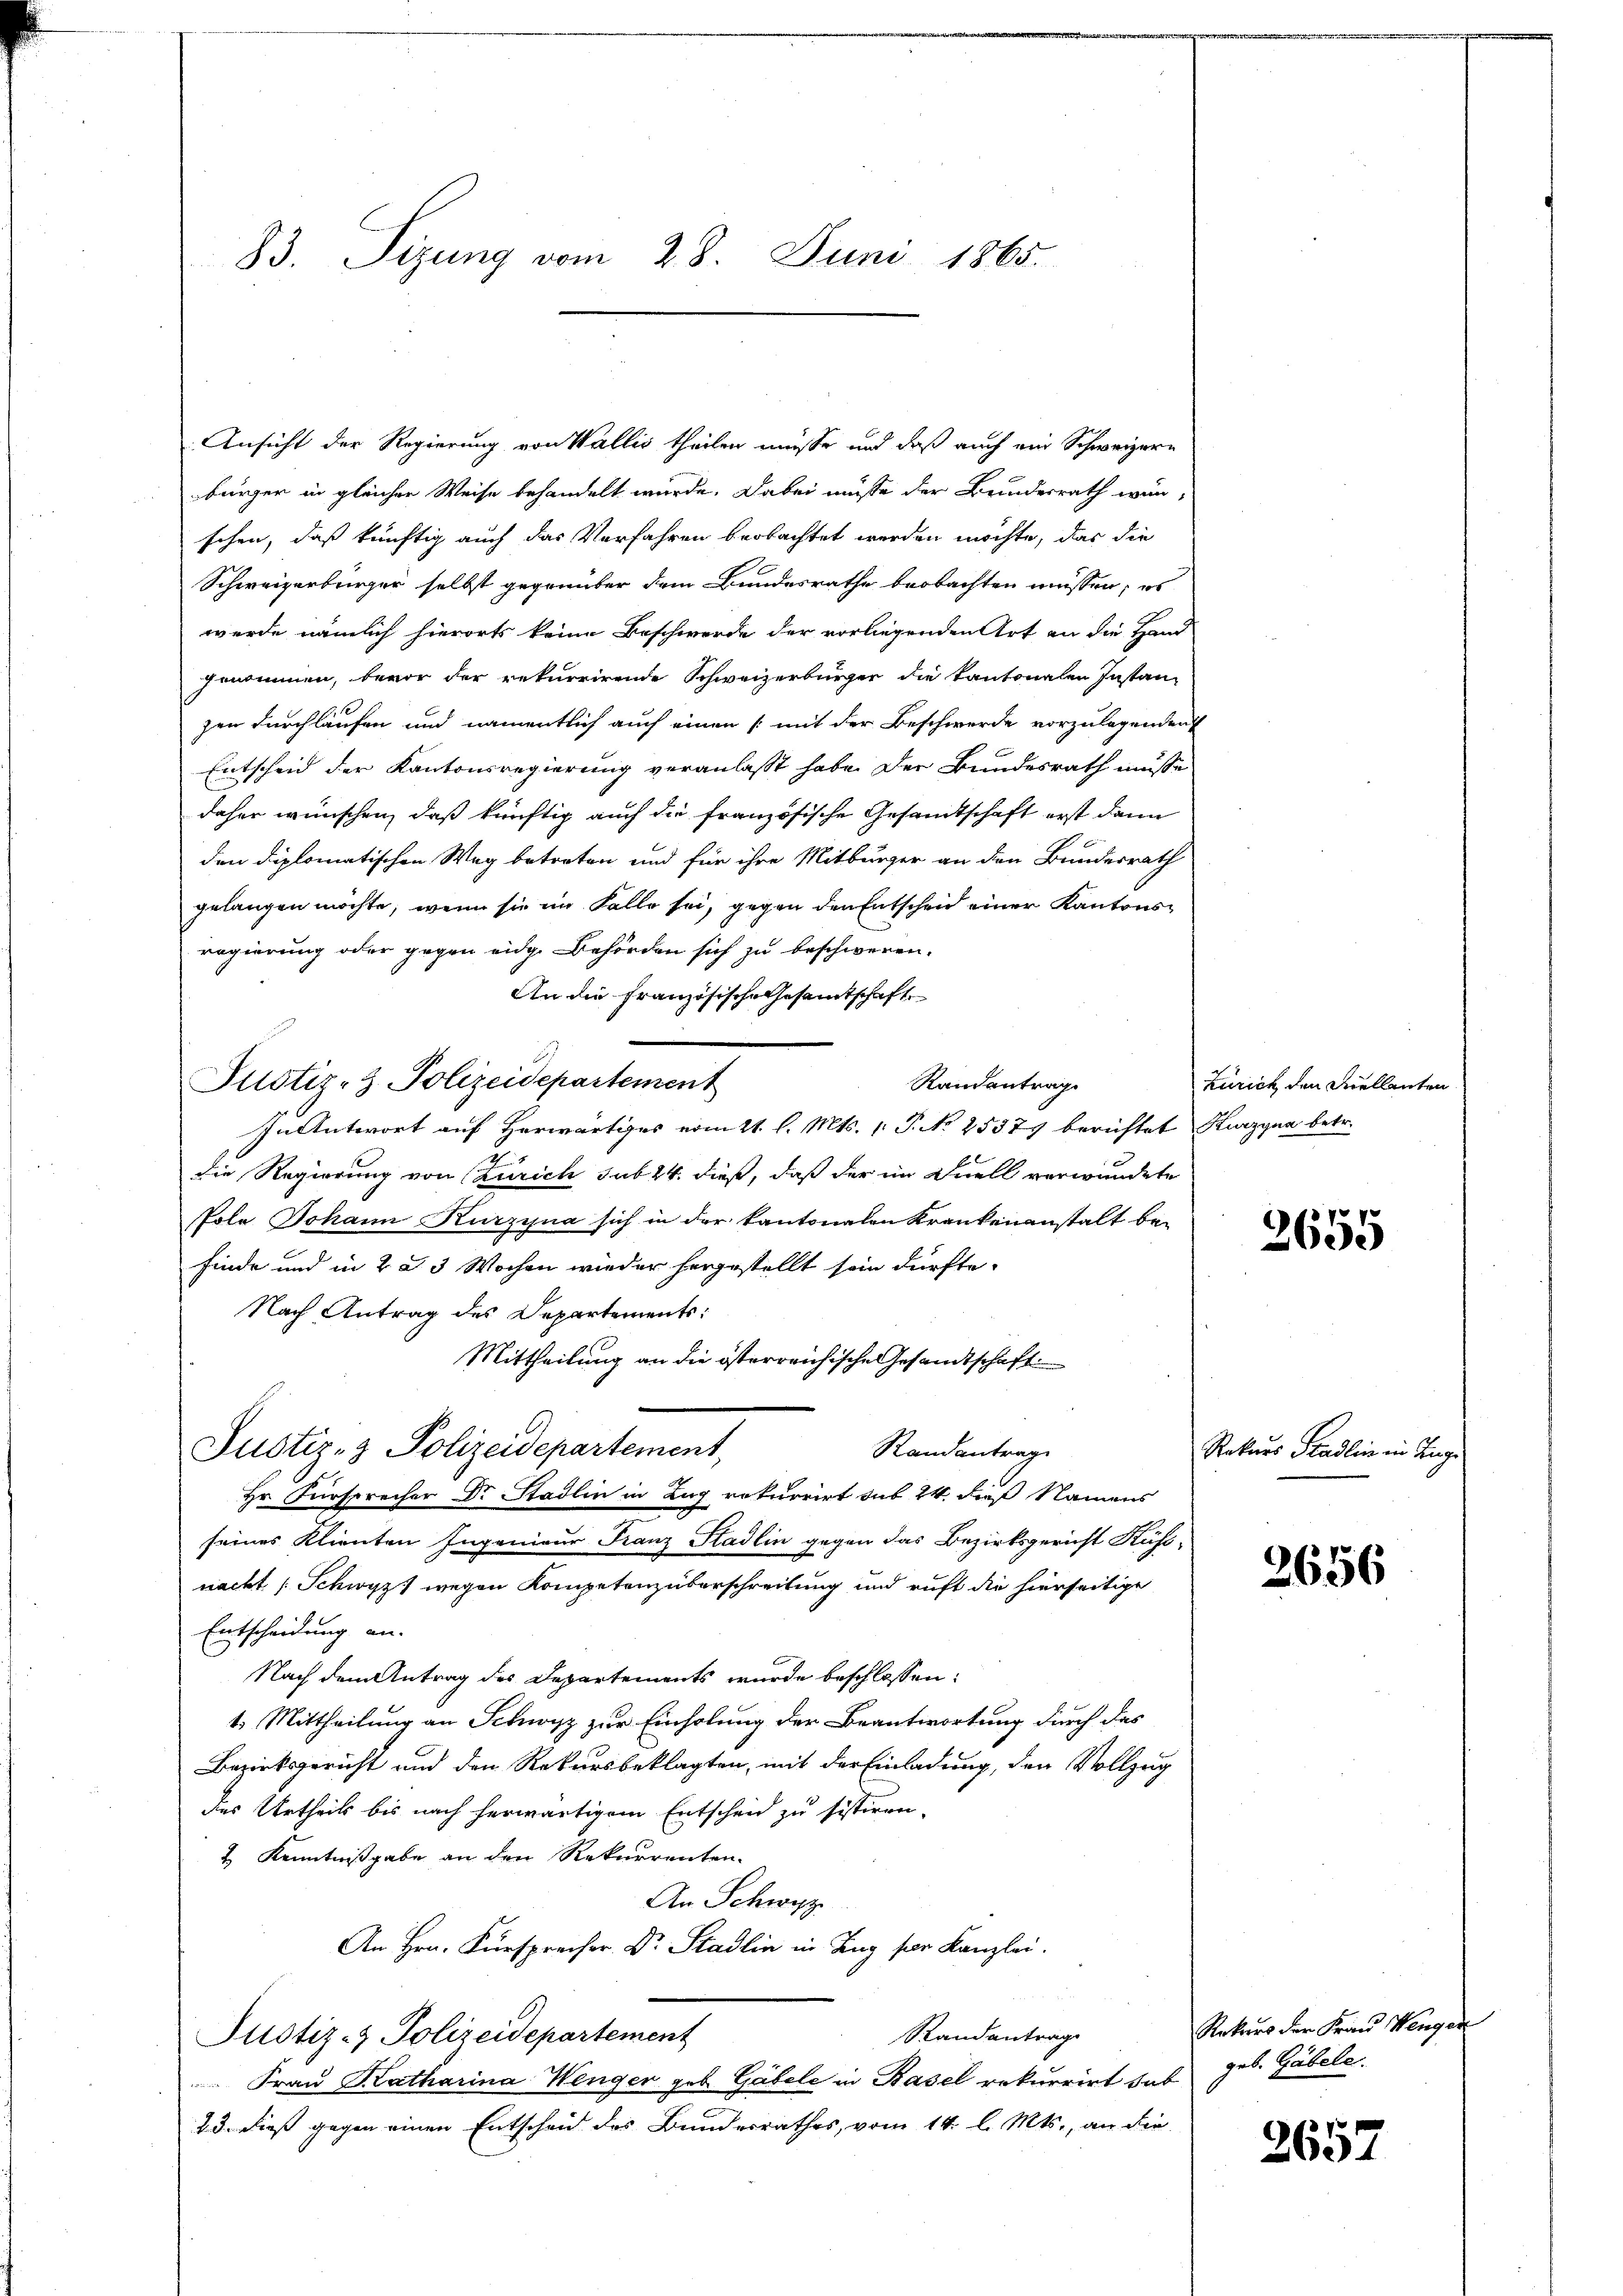
83. Sizung vom 28. Juni 1865.

Ansicht der Regierung von Wallis theilen müsse und daß auch ein Schweizern
bürger in gleicher Weise behandelt wurde. Dabei müsse der Bundesrath wurschen, daß künftig auch das Verfahren beobachtet werden möchte, das die
Schweizerbürger selbst gegenüber dem Bundesrathe beobachten müssen, es
werde nämlich hierorts keine Beschwerde der vorliegenden Art an die Hand
genommen, bevor der rekurrirende Schweizerbürger die kantonalen Instanz
gen durchlaufen und namentlich auch einen (mit der Beschwerde vorzulegenden
Entscheid der Kantonsregierung veranlasst habe. Der Bundesrath müsse
daher wünschen, daß künftig auch die französische Gesandtschaft erst dann
den diplomatischen Weg betreten und für ihre Mitbürger an den Bundesrath
gelangen möchte, wenn sie im Falle sei, gegen den Entschen einer Kantonsregierung oder gegen eidge Behörden sich zu beschweren.
An die Französische Gesamtschaft
Pustiz- & Polizeidepartement
Randantrag
In Antwort auf Herwärtiges vom 21. l. Mts. 1. P. No 25375 berichtet Kurzyna betr.
die Regierung von Zürich sub 24. dieß, daß der im Quell verwundete
Pole Johann Kurzyna sich in der kantonalen Krankenanstalt be-
finde und in 2 § 3 Wochen wieder hergestellt sein dürfte.
Nach Antrag des Departements:
Mittheilung an die österreichische Gesandtschaft
Justiz- & Polizeidepartement,
Randantrag
Hr. Fürsprecher Dr Stadlin in Zug rekurrirt sub 24. dieß Namens
seines Klienten Ingenieur Franz Stadlin gegen das Bezirksgericht Käsinacht (Schwyz, wegen Kompetenzüberschreitung und ruft die hierseitige
Entscheidung an.
Nach dem Antrag des Departements wurde beschlossen:
1. Mittheilung an Schwyz zur Einholung der Beantwortung durch das
Bezirksgericht und den Rekursbeklagten, mit der Einladung, den Vollzug
des Urtheils bis nach herwärtigem Entscheid zu sistiren.
4 Kenntnißgabe an den Rekurrenten.
An Schwyz
An Hrn. Fürsprecher. Dr. Stadlin in Zug per Kanzlei.
Randantrag
Justiz- & Polizeidepartement
Fraŭ Katharina Wenger geb. Gabele in Basel rekurrirt hab geb. Gabele.
23. dieß gegen einen Entscheid des Bundesrathes, vom 14. l. Mts., an die

Zürich den Duellanten

2655

Rekurs Stadlin in Tage

2656

Rokars der Frau Wengen

2657